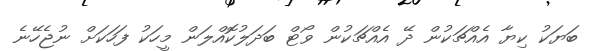
ބަޔަކު ކިޔާ އެއްޗަކުން ދޭ އެއްޗަކުން ވޯޓް ބަދަލުކޮއްލަން މީހަކު ފަހަކަަށް ނުޖެހޭނެ